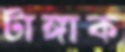
টাঙ্গাক